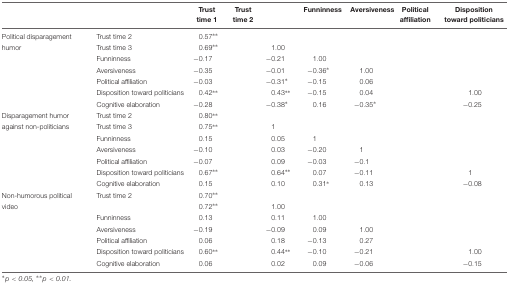
<table><thead><tr><td>[EMPTY_CELL]</td><td>[EMPTY_CELL]</td><td><b>Trust time 1</b></td><td><b>Trust time 2</b></td><td>[EMPTY_CELL]</td><td><b>Funninness</b></td><td><b>Aversiveness</b></td><td><b>Political affiliation</b></td><td><b>Disposition toward politicians</b></td></tr></thead><tbody><tr><td>Political disparagement</td><td>Trust time 2</td><td>0.57**</td><td>[EMPTY_CELL]</td><td>[EMPTY_CELL]</td><td>[EMPTY_CELL]</td><td>[EMPTY_CELL]</td><td>[EMPTY_CELL]</td><td>[EMPTY_CELL]</td></tr><tr><td>humor</td><td>Trust time 3</td><td>0.69**</td><td>[EMPTY_CELL]</td><td>1.00</td><td>[EMPTY_CELL]</td><td>[EMPTY_CELL]</td><td>[EMPTY_CELL]</td><td>[EMPTY_CELL]</td></tr><tr><td>[EMPTY_CELL]</td><td>Funninness</td><td>-0.17</td><td>[EMPTY_CELL]</td><td>-0.21</td><td>1.00</td><td>[EMPTY_CELL]</td><td>[EMPTY_CELL]</td><td>[EMPTY_CELL]</td></tr><tr><td>[EMPTY_CELL]</td><td>Aversiveness</td><td>-0.35</td><td>[EMPTY_CELL]</td><td>-0.01</td><td>-0.36*</td><td>1.00</td><td>[EMPTY_CELL]</td><td>[EMPTY_CELL]</td></tr><tr><td>[EMPTY_CELL]</td><td>Political affiliation</td><td>-0.03</td><td>[EMPTY_CELL]</td><td>-0.31*</td><td>-0.15</td><td>0.06</td><td>[EMPTY_CELL]</td><td>[EMPTY_CELL]</td></tr><tr><td>[EMPTY_CELL]</td><td>Disposition toward politicians</td><td>0.42**</td><td>[EMPTY_CELL]</td><td>0.43**</td><td>-0.15</td><td>0.04</td><td>[EMPTY_CELL]</td><td>1.00</td></tr><tr><td>[EMPTY_CELL]</td><td>Cognitive elaboration</td><td>-0.28</td><td>[EMPTY_CELL]</td><td>-0.38*</td><td>0.16</td><td>-0.35*</td><td>[EMPTY_CELL]</td><td>-0.25</td></tr><tr><td>Disparagement humor</td><td>Trust time 2</td><td>0.80**</td><td>[EMPTY_CELL]</td><td>[EMPTY_CELL]</td><td>[EMPTY_CELL]</td><td>[EMPTY_CELL]</td><td>[EMPTY_CELL]</td><td>[EMPTY_CELL]</td></tr><tr><td>against non-politicians</td><td>Trust time 3</td><td>0.75**</td><td>[EMPTY_CELL]</td><td>1</td><td>[EMPTY_CELL]</td><td>[EMPTY_CELL]</td><td>[EMPTY_CELL]</td><td>[EMPTY_CELL]</td></tr><tr><td>[EMPTY_CELL]</td><td>Funninness</td><td>0.15</td><td>[EMPTY_CELL]</td><td>0.05</td><td>1</td><td>[EMPTY_CELL]</td><td>[EMPTY_CELL]</td><td>[EMPTY_CELL]</td></tr><tr><td>[EMPTY_CELL]</td><td>Aversiveness</td><td>-0.10</td><td>[EMPTY_CELL]</td><td>0.03</td><td>-0.20</td><td>1</td><td>[EMPTY_CELL]</td><td>[EMPTY_CELL]</td></tr><tr><td>[EMPTY_CELL]</td><td>Political affiliation</td><td>-0.07</td><td>[EMPTY_CELL]</td><td>0.09</td><td>-0.03</td><td>-0.1</td><td>[EMPTY_CELL]</td><td>[EMPTY_CELL]</td></tr><tr><td>[EMPTY_CELL]</td><td>Disposition toward politicians</td><td>0.67**</td><td>[EMPTY_CELL]</td><td>0.64**</td><td>0.07</td><td>-0.11</td><td>[EMPTY_CELL]</td><td>1</td></tr><tr><td>[EMPTY_CELL]</td><td>Cognitive elaboration</td><td>0.15</td><td>[EMPTY_CELL]</td><td>0.10</td><td>0.31*</td><td>0.13</td><td>[EMPTY_CELL]</td><td>-0.08</td></tr><tr><td>Non-humorous political</td><td>Trust time 2</td><td>0.70**</td><td>[EMPTY_CELL]</td><td>[EMPTY_CELL]</td><td>[EMPTY_CELL]</td><td>[EMPTY_CELL]</td><td>[EMPTY_CELL]</td><td>[EMPTY_CELL]</td></tr><tr><td>video</td><td>[EMPTY_CELL]</td><td>0.72**</td><td>[EMPTY_CELL]</td><td>1.00</td><td>[EMPTY_CELL]</td><td>[EMPTY_CELL]</td><td>[EMPTY_CELL]</td><td>[EMPTY_CELL]</td></tr><tr><td>[EMPTY_CELL]</td><td>Funninness</td><td>0.13</td><td>[EMPTY_CELL]</td><td>0.11</td><td>1.00</td><td>[EMPTY_CELL]</td><td>[EMPTY_CELL]</td><td>[EMPTY_CELL]</td></tr><tr><td>[EMPTY_CELL]</td><td>Aversiveness</td><td>-0.19</td><td>[EMPTY_CELL]</td><td>-0.09</td><td>0.09</td><td>1.00</td><td>[EMPTY_CELL]</td><td>[EMPTY_CELL]</td></tr><tr><td>[EMPTY_CELL]</td><td>Political affiliation</td><td>0.06</td><td>[EMPTY_CELL]</td><td>0.18</td><td>-0.13</td><td>0.27</td><td>[EMPTY_CELL]</td><td>[EMPTY_CELL]</td></tr><tr><td>[EMPTY_CELL]</td><td>Disposition toward politicians</td><td>0.60**</td><td>[EMPTY_CELL]</td><td>0.44**</td><td>-0.10</td><td>-0.21</td><td>[EMPTY_CELL]</td><td>1.00</td></tr><tr><td>[EMPTY_CELL]</td><td>Cognitive elaboration</td><td>0.06</td><td>[EMPTY_CELL]</td><td>0.02</td><td>0.09</td><td>-0.06</td><td>[EMPTY_CELL]</td><td>-0.15</td></tr></tbody></table>